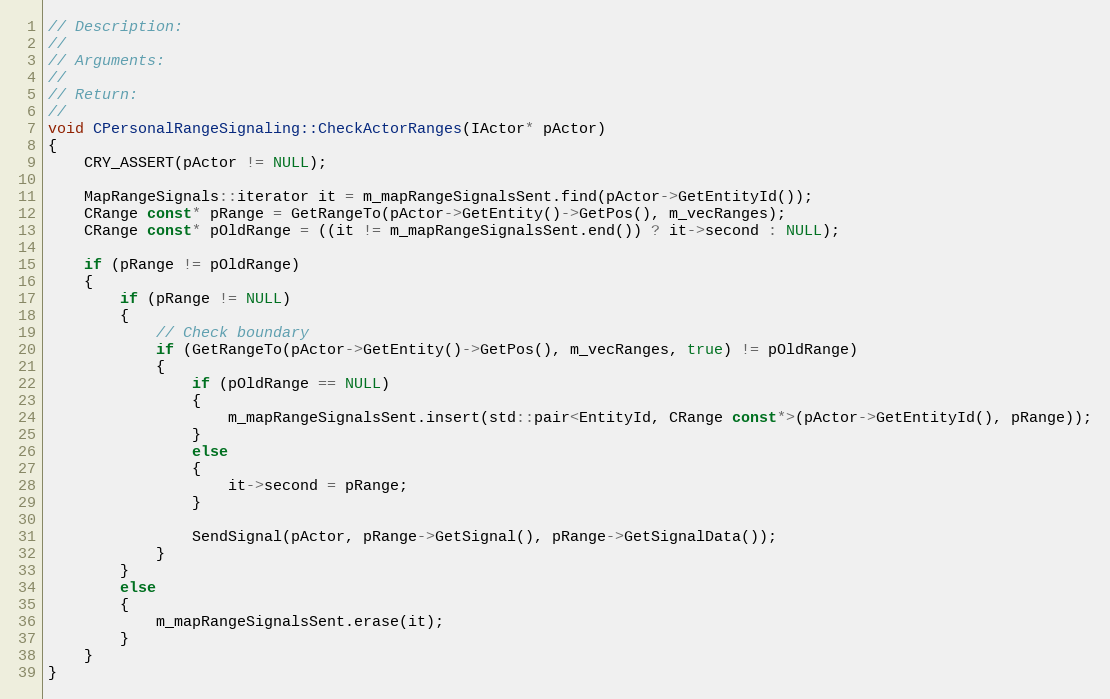
Language: C++
// Description:
//
// Arguments:
//
// Return:
//
void CPersonalRangeSignaling::CheckActorRanges(IActor* pActor)
{
	CRY_ASSERT(pActor != NULL);

	MapRangeSignals::iterator it = m_mapRangeSignalsSent.find(pActor->GetEntityId());
	CRange const* pRange = GetRangeTo(pActor->GetEntity()->GetPos(), m_vecRanges);
	CRange const* pOldRange = ((it != m_mapRangeSignalsSent.end()) ? it->second : NULL);

	if (pRange != pOldRange)
	{
		if (pRange != NULL)
		{
			// Check boundary
			if (GetRangeTo(pActor->GetEntity()->GetPos(), m_vecRanges, true) != pOldRange)
			{
				if (pOldRange == NULL)
				{
					m_mapRangeSignalsSent.insert(std::pair<EntityId, CRange const*>(pActor->GetEntityId(), pRange));
				}
				else
				{
					it->second = pRange;
				}

				SendSignal(pActor, pRange->GetSignal(), pRange->GetSignalData());
			}
		}
		else
		{
			m_mapRangeSignalsSent.erase(it);
		}
	}
}